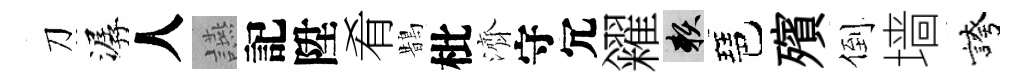
刀潺人讌記陞肴鵲枇濟守冗糴賴琶殯倒墙誇